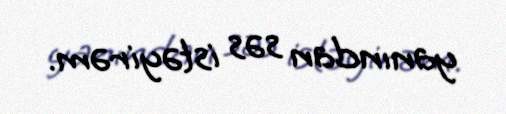
yanından səs istəyirəm.